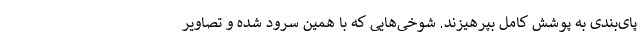
پای‌بندی به پوشش کامل بپرهیزند. شوخی‌هایی که با همین سرود شده و تصاویر